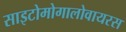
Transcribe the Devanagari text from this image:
साइटोमोगालोवायरस